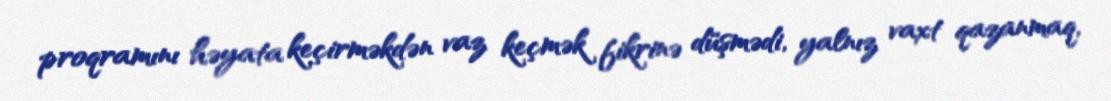
proqramını həyata keçirməkdən vaz keçmək fikrinə düşmədi, yalnız vaxt qazanmaq,